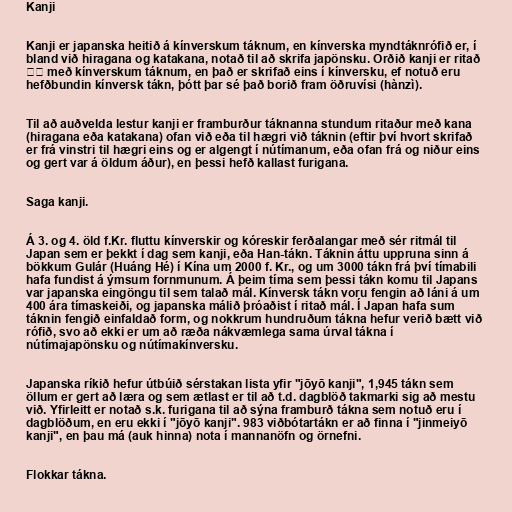
Kanji

Kanji er japanska heitið á kínverskum táknum, en kínverska myndtáknrófið er, í
bland við hiragana og katakana, notað til að skrifa japönsku. Orðið kanji er ritað
漢字 með kínverskum táknum, en það er skrifað eins í kínversku, ef notuð eru
hefðbundin kínversk tákn, þótt þar sé það borið fram öðruvísi (hànzì).

Til að auðvelda lestur kanji er framburður táknanna stundum ritaður með kana
(hiragana eða katakana) ofan við eða til hægri við táknin (eftir því hvort skrifað
er frá vinstri til hægri eins og er algengt í nútímanum, eða ofan frá og niður eins
og gert var á öldum áður), en þessi hefð kallast furigana.

Saga kanji.

Á 3. og 4. öld f.Kr. fluttu kínverskir og kóreskir ferðalangar með sér ritmál til
Japan sem er þekkt í dag sem kanji, eða Han-tákn. Táknin áttu uppruna sinn á
bökkum Gulár (Huáng Hé) í Kína um 2000 f. Kr., og um 3000 tákn frá því tímabili
hafa fundist á ýmsum fornmunum. Á þeim tíma sem þessi tákn komu til Japans
var japanska eingöngu til sem talað mál. Kínversk tákn voru fengin að láni á um
400 ára tímaskeiði, og japanska málið þróaðist í ritað mál. Í Japan hafa sum
táknin fengið einfaldað form, og nokkrum hundruðum tákna hefur verið bætt við
rófið, svo að ekki er um að ræða nákvæmlega sama úrval tákna í
nútímajapönsku og nútímakínversku.

Japanska ríkið hefur útbúið sérstakan lista yfir "jōyō kanji", 1,945 tákn sem
öllum er gert að læra og sem ætlast er til að t.d. dagblöð takmarki sig að mestu
við. Yfirleitt er notað s.k. furigana til að sýna framburð tákna sem notuð eru í
dagblöðum, en eru ekki í "jōyō kanji". 983 viðbótartákn er að finna í "jinmeiyō
kanji", en þau má (auk hinna) nota í mannanöfn og örnefni.

Flokkar tákna.